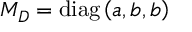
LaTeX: M _ { D } = \mathrm { d i a g } \left( a , b , b \right)